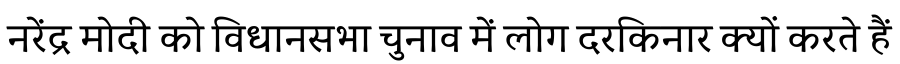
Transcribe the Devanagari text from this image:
नरेंद्र मोदी को विधानसभा चुनाव में लोग दरकिनार क्यों करते हैं